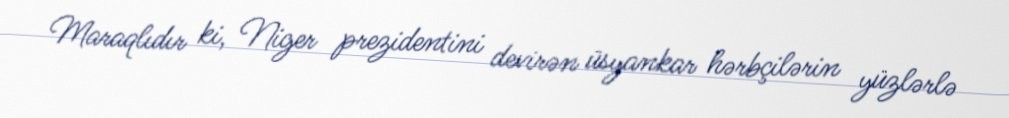
Maraqlıdır ki, Niger prezidentini devirən üsyankar hərbçilərin yüzlərlə